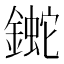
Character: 𨫯